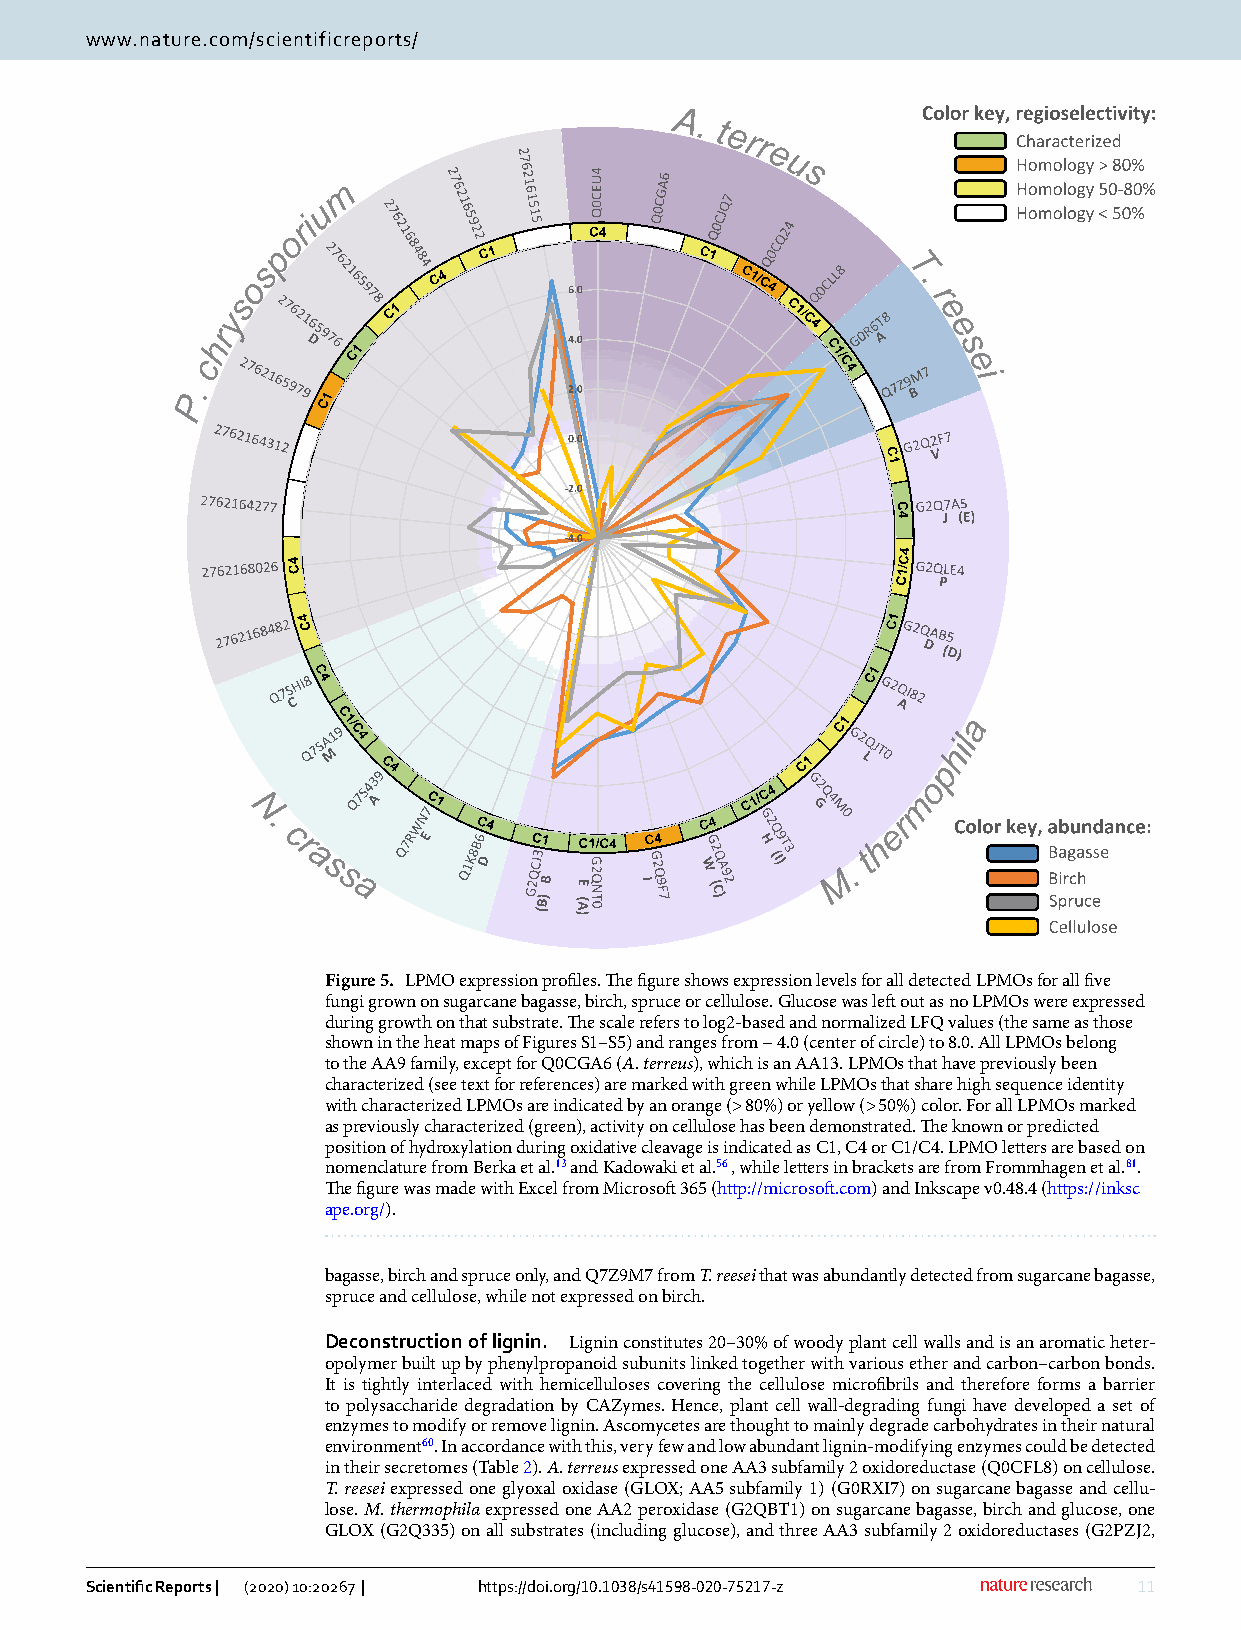
www.nature.com/scientificreports/
 Figure 5. LPMO expression profiles. The figure shows expression levels for all detected LPMOs for all five
 fungi grown on sugarcane bagasse, birch, spruce or cellulose. Glucose was left out as no LPMOs were expressed
 during growth on that substrate. The scale refers to log2-based and normalized LFQ values (the same as those
 shown in the heat maps of Figures S1–S5) and ranges from − 4.0 (center of circle) to 8.0. All LPMOs belong
 to the AA9 family, except for Q0CGA6 (A. terreus), which is an AA13. LPMOs that have previously been
 characterized (see text for references) are marked with green while LPMOs that share high sequence identity
 with characterized LPMOs are indicated by an orange (> 80%) or yellow (> 50%) color. For all LPMOs marked
 as previously characterized (green), activity on cellulose has been demonstrated. The known or predicted
 position of hydroxylation during oxidative cleavage is indicated as C1, C4 or C1/C4. LPMO letters are based on
 nomenclature from Berka et al.13 and Kadowaki et al.56 , while letters in brackets are from Frommhagen et al.81.
 The figure was made with Excel from Microsoft 365 (http://micro soft.com) and Inkscape v0.48.4 (https ://inksc
 ape.org/).
 bagasse, birch and spruce only, and Q7Z9M7 from T. reesei that was abundantly detected from sugarcane bagasse,
 spruce and cellulose, while not expressed on birch.
 Deconstruction of lignin. Lignin constitutes 20–30% of woody plant cell walls and is an aromatic heter-
 opolymer built up by phenylpropanoid subunits linked together with various ether and carbon–carbon bonds.
 It is tightly interlaced with hemicelluloses covering the cellulose microfibrils and therefore forms a barrier
 to polysaccharide degradation by CAZymes. Hence, plant cell wall-degrading fungi have developed a set of
 enzymes to modify or remove lignin. Ascomycetes are thought to mainly degrade carbohydrates in their natural
 environment60. In accordance with this, very few and low abundant lignin-modifying enzymes could be detected
 in their secretomes (Table 2). A. terreus expressed one AA3 subfamily 2 oxidoreductase (Q0CFL8) on cellulose.
 T. reesei expressed one glyoxal oxidase (GLOX; AA5 subfamily 1) (G0RXI7) on sugarcane bagasse and cellu-
 lose. M. thermophila expressed one AA2 peroxidase (G2QBT1) on sugarcane bagasse, birch and glucose, one
 GLOX (G2Q335) on all substrates (including glucose), and three AA3 subfamily 2 oxidoreductases (G2PZJ2,
 Scientific Reports | (2020) 10:20267 | https://doi.org/10.1038/s41598-020-75217-z 11
 Vol.:(0123456789)